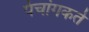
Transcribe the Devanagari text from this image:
पंचांगकर्ते